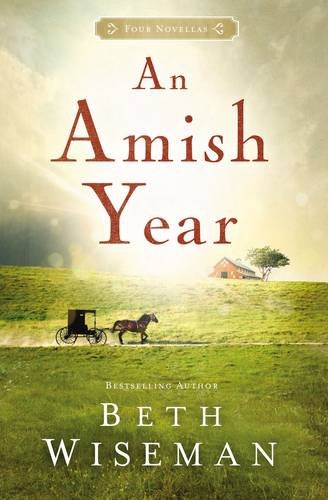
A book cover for An Amish Year: Four Amish Novellas; Beth Wiseman; Romance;